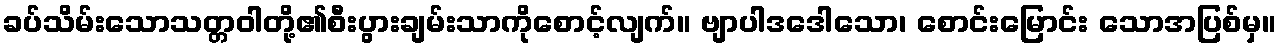
ခပ်သိမ်းသောသတ္တဝါတို့၏စီးပွားချမ်းသာကိုစောင့်လျက်။ ဗျာပါဒဒေါသော၊ စောင်းမြောင်း သောအပြစ်မှ။